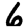
Digit: 6